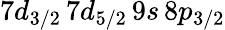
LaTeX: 7d_{3/2}\, 7d_{5/2}\, 9s\, 8p_{3/2}